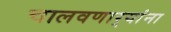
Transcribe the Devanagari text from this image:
चालवणार्‍यांना